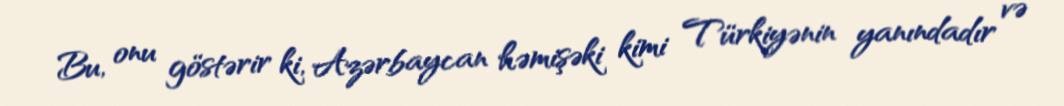
Bu, onu göstərir ki, Azərbaycan həmişəki kimi Türkiyənin yanındadır və